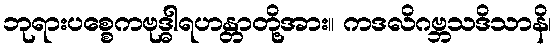
ဘုရားပစ္စေကဗုဒ္ဓါရဟန္တာတို့အား။ ကဒလိဂဗ္ဘသဒိသာနိ၊